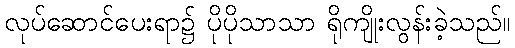
လုပ်ဆောင်ပေးရာ၌ ပိုပိုသာသာ ရိုကျိုးလွန်းခဲ့သည်။